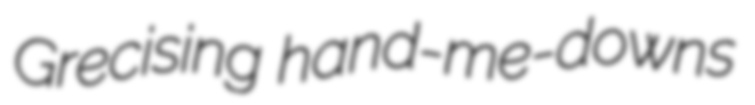
Grecising hand-me-downs